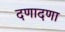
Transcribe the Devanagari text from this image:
दणादणा